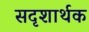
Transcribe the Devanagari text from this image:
सदृशार्थक